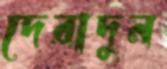
দেরাদুন